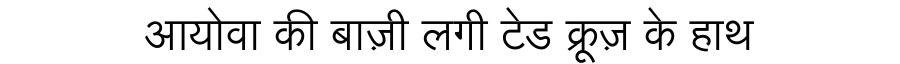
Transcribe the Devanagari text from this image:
आयोवा की बाज़ी लगी टेड क्रूज़ के हाथ